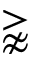
\gnapprox